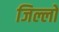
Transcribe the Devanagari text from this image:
जिल्लो